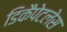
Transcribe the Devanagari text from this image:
डिकैपेटलेस